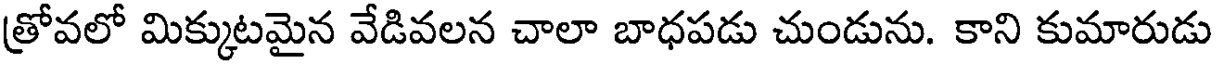
త్రోవలో మిక్కుటమైన వేడివలన చాలా బాధపడు చుండును. కాని కుమారుడు